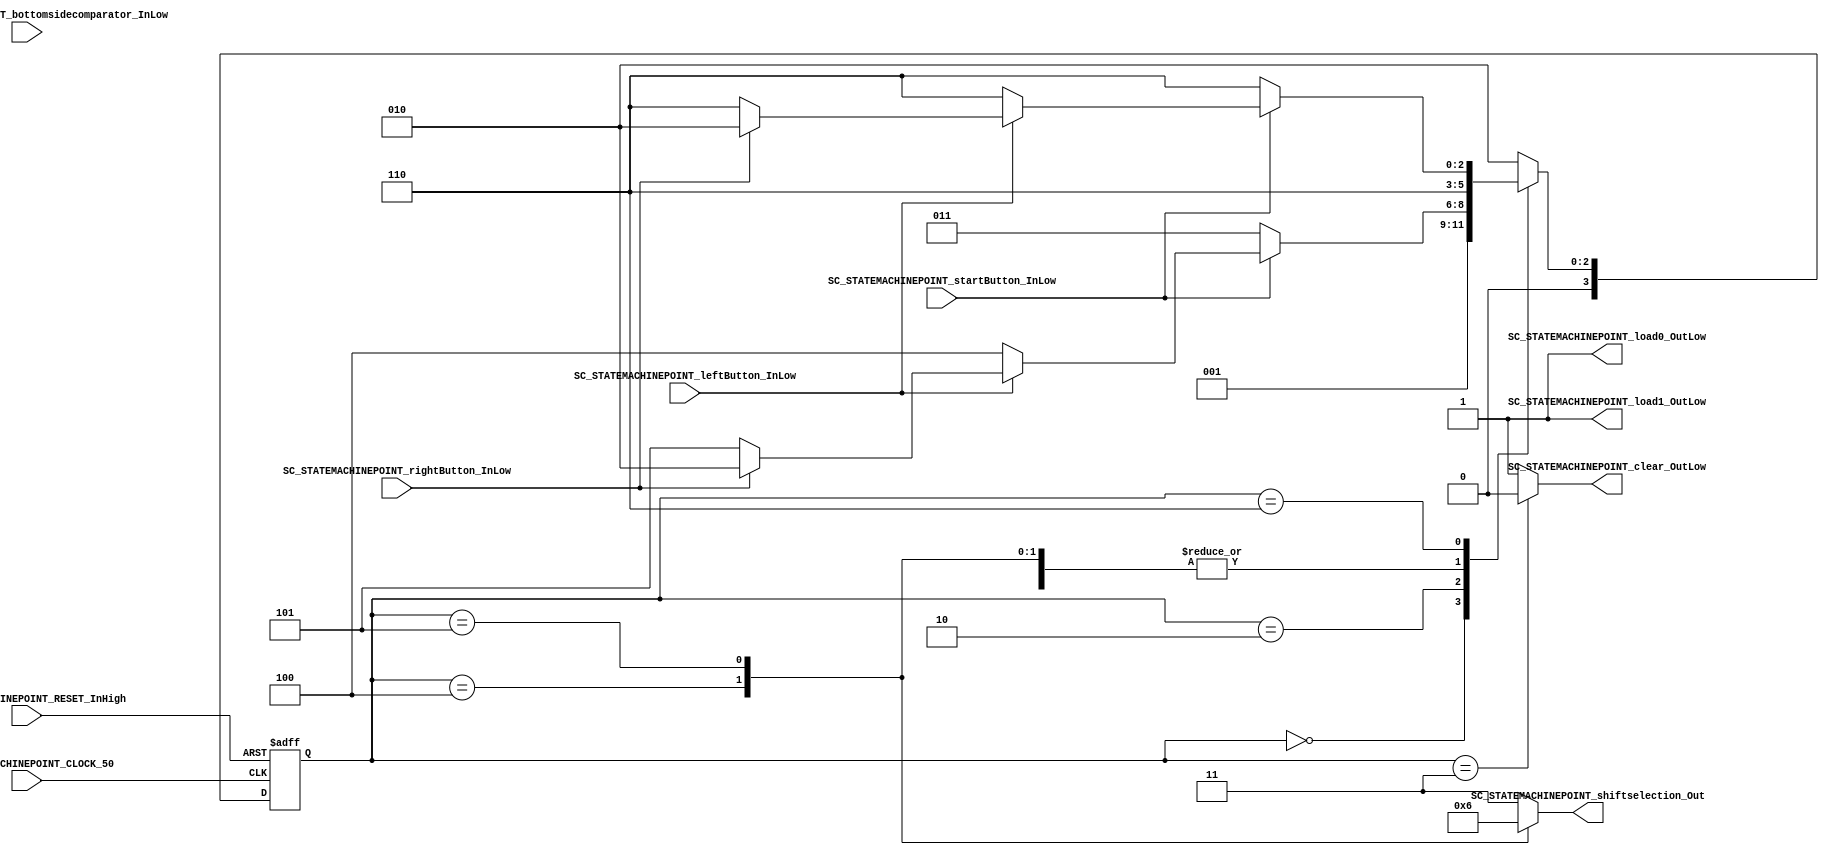
///*######################################################################
//#	G0B1T: HDL EXAMPLES. 2018.
//######################################################################
//# Copyright (C) 2018. F.E.Segura-Quijano (FES) fsegura@uniandes.edu.co
//# 
//# This program is free software: you can redistribute it and/or modify
//# it under the terms of the GNU General Public License as published by
//# the Free Software Foundation, version 3 of the License.
//#
//# This program is distributed in the hope that it will be useful,
//# but WITHOUT ANY WARRANTY; without even the implied warranty of
//# MERCHANTABILITY or FITNESS FOR A PARTICULAR PURPOSE.  See the
//# GNU General Public License for more details.
//#
//# You should have received a copy of the GNU General Public License
//# along with this program.  If not, see <http://www.gnu.org/licenses/>
//####################################################################*/
//=======================================================
//  MODULE Definition
//=======================================================
module SC_STATEMACHINEPOINT (
	//////////// OUTPUTS //////////
	SC_STATEMACHINEPOINT_clear_OutLow,
	SC_STATEMACHINEPOINT_load0_OutLow,
	SC_STATEMACHINEPOINT_load1_OutLow,
	SC_STATEMACHINEPOINT_shiftselection_Out,
	//////////// INPUTS //////////
	SC_STATEMACHINEPOINT_CLOCK_50,
	SC_STATEMACHINEPOINT_RESET_InHigh,
	SC_STATEMACHINEPOINT_startButton_InLow,
	SC_STATEMACHINEPOINT_leftButton_InLow,
	SC_STATEMACHINEPOINT_rightButton_InLow,
	SC_STATEMACHINEPOINT_bottomsidecomparator_InLow
);	
//=======================================================
//  PARAMETER declarations
//=======================================================
// states declaration
localparam STATE_RESET_0									= 0;
localparam STATE_START_0									= 1;
localparam STATE_CHECK_0									= 2;
localparam STATE_INIT_0										= 3; 
localparam STATE_LEFT_0										= 4; 
localparam STATE_RIGHT_0									= 5;
localparam STATE_CHECK_1									= 6;
//=======================================================
//  PORT declarations
//=======================================================
output reg		SC_STATEMACHINEPOINT_clear_OutLow;
output reg		SC_STATEMACHINEPOINT_load0_OutLow;
output reg		SC_STATEMACHINEPOINT_load1_OutLow;
output reg		[1:0] SC_STATEMACHINEPOINT_shiftselection_Out;
input			SC_STATEMACHINEPOINT_CLOCK_50;
input 			SC_STATEMACHINEPOINT_RESET_InHigh;
input			SC_STATEMACHINEPOINT_startButton_InLow;
input			SC_STATEMACHINEPOINT_leftButton_InLow;
input			SC_STATEMACHINEPOINT_rightButton_InLow;
input			SC_STATEMACHINEPOINT_bottomsidecomparator_InLow;
//=======================================================
//  REG/WIRE declarations
//=======================================================
reg [3:0] STATE_Register;
reg [3:0] STATE_Signal;
//=======================================================
//  Structural coding
//=======================================================
//INPUT LOGIC: COMBINATIONAL
// NEXT STATE LOGIC : COMBINATIONAL
always @(*)
begin
	case (STATE_Register)
		STATE_RESET_0: STATE_Signal = STATE_START_0;
		STATE_START_0: STATE_Signal = STATE_CHECK_0;
		STATE_CHECK_0: if (SC_STATEMACHINEPOINT_startButton_InLow == 1'b0) STATE_Signal = STATE_INIT_0;
						else if (SC_STATEMACHINEPOINT_leftButton_InLow == 1'b0) STATE_Signal = STATE_LEFT_0;
						else if (SC_STATEMACHINEPOINT_rightButton_InLow == 1'b0) STATE_Signal = STATE_RIGHT_0;
						else STATE_Signal = STATE_CHECK_0;
		STATE_INIT_0: 	STATE_Signal = STATE_CHECK_1;
		STATE_LEFT_0:  	STATE_Signal = STATE_CHECK_1;
		STATE_RIGHT_0:  STATE_Signal = STATE_CHECK_1;

		STATE_CHECK_1: if (SC_STATEMACHINEPOINT_startButton_InLow == 1'b0) STATE_Signal = STATE_CHECK_1;
						else if (SC_STATEMACHINEPOINT_leftButton_InLow == 1'b0) STATE_Signal = STATE_CHECK_1;
						else if (SC_STATEMACHINEPOINT_rightButton_InLow == 1'b0) STATE_Signal = STATE_CHECK_1;
						else STATE_Signal = STATE_CHECK_0;

		default : 		STATE_Signal = STATE_CHECK_0;
	endcase
end
// STATE REGISTER : SEQUENTIAL
always @ ( posedge SC_STATEMACHINEPOINT_CLOCK_50 , posedge SC_STATEMACHINEPOINT_RESET_InHigh)
begin
	if (SC_STATEMACHINEPOINT_RESET_InHigh == 1'b1)
		STATE_Register <= STATE_RESET_0;
	else
		STATE_Register <= STATE_Signal;
end
//=======================================================
//  Outputs
//=======================================================
// OUTPUT LOGIC : COMBINATIONAL
always @ (*)
begin
	case (STATE_Register)
//=========================================================
// STATE_RESET
//=========================================================
	STATE_RESET_0 :	
		begin
			SC_STATEMACHINEPOINT_clear_OutLow = 1'b1;
			SC_STATEMACHINEPOINT_load0_OutLow = 1'b1;
			SC_STATEMACHINEPOINT_load1_OutLow = 1'b1;
			SC_STATEMACHINEPOINT_shiftselection_Out  = 2'b11; 
		end
//=========================================================
// STATE_START
//=========================================================
	STATE_START_0 :	
		begin
			SC_STATEMACHINEPOINT_clear_OutLow = 1'b1;
			SC_STATEMACHINEPOINT_load0_OutLow = 1'b1;
			SC_STATEMACHINEPOINT_load1_OutLow = 1'b1;
			SC_STATEMACHINEPOINT_shiftselection_Out  = 2'b11; 
		end
//=========================================================
// STATE_CHECK
//=========================================================
	STATE_CHECK_0 :
		begin
			SC_STATEMACHINEPOINT_clear_OutLow = 1'b1;
			SC_STATEMACHINEPOINT_load0_OutLow = 1'b1;
			SC_STATEMACHINEPOINT_load1_OutLow = 1'b1;
			SC_STATEMACHINEPOINT_shiftselection_Out  = 2'b11; 
		end
//=========================================================
// STATE_CHECK
//=========================================================
	STATE_CHECK_1 :
		begin
			SC_STATEMACHINEPOINT_clear_OutLow = 1'b1;
			SC_STATEMACHINEPOINT_load0_OutLow = 1'b1;
			SC_STATEMACHINEPOINT_load1_OutLow = 1'b1;
			SC_STATEMACHINEPOINT_shiftselection_Out  = 2'b11; 
		end
//=========================================================
// STATE_INIT_0
//=========================================================
	STATE_INIT_0 :	
		begin
			SC_STATEMACHINEPOINT_clear_OutLow = 1'b0;
			SC_STATEMACHINEPOINT_load0_OutLow = 1'b1;
			SC_STATEMACHINEPOINT_load1_OutLow = 1'b1;
			SC_STATEMACHINEPOINT_shiftselection_Out  = 2'b11; 
		end

//=========================================================
// STATE_LEFT_0
//=========================================================
	STATE_LEFT_0 :	
		begin
			SC_STATEMACHINEPOINT_clear_OutLow = 1'b1;
			SC_STATEMACHINEPOINT_load0_OutLow = 1'b1;
			SC_STATEMACHINEPOINT_load1_OutLow = 1'b1;
			SC_STATEMACHINEPOINT_shiftselection_Out  = 2'b01; 
		end
//=========================================================
// STATE_RIGHT_0
//=========================================================
	STATE_RIGHT_0 :	
		begin
			SC_STATEMACHINEPOINT_clear_OutLow = 1'b1;
			SC_STATEMACHINEPOINT_load0_OutLow = 1'b1;
			SC_STATEMACHINEPOINT_load1_OutLow = 1'b1;
			SC_STATEMACHINEPOINT_shiftselection_Out  = 2'b10; 
		end

//=========================================================
// DEFAULT
//=========================================================
	default :
		begin
			SC_STATEMACHINEPOINT_clear_OutLow = 1'b1;
			SC_STATEMACHINEPOINT_load0_OutLow = 1'b1;
			SC_STATEMACHINEPOINT_load1_OutLow = 1'b1;
			SC_STATEMACHINEPOINT_shiftselection_Out  = 2'b11; 
		end
	endcase
end
endmodule